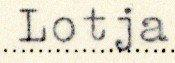
Lotja